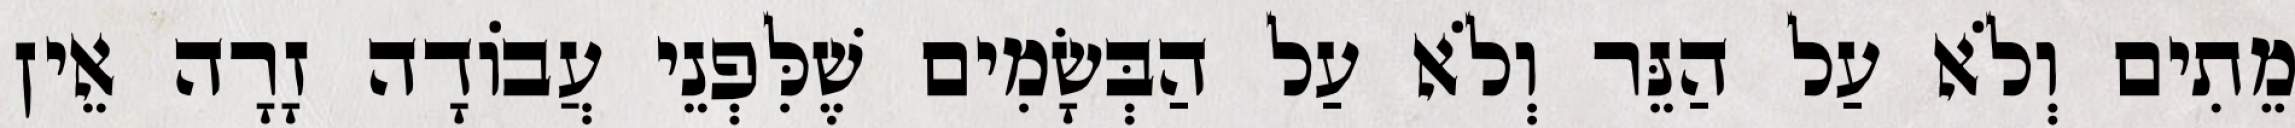
מֵתִים וְלֹא עַל הַנֵּר וְלֹא עַל הַבְּשָׂמִים שֶׁלִּפְנֵי עֲבוֹדָה זָרָה אֵין